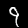
Digit: 9